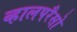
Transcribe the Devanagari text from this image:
व्हालपरैसो